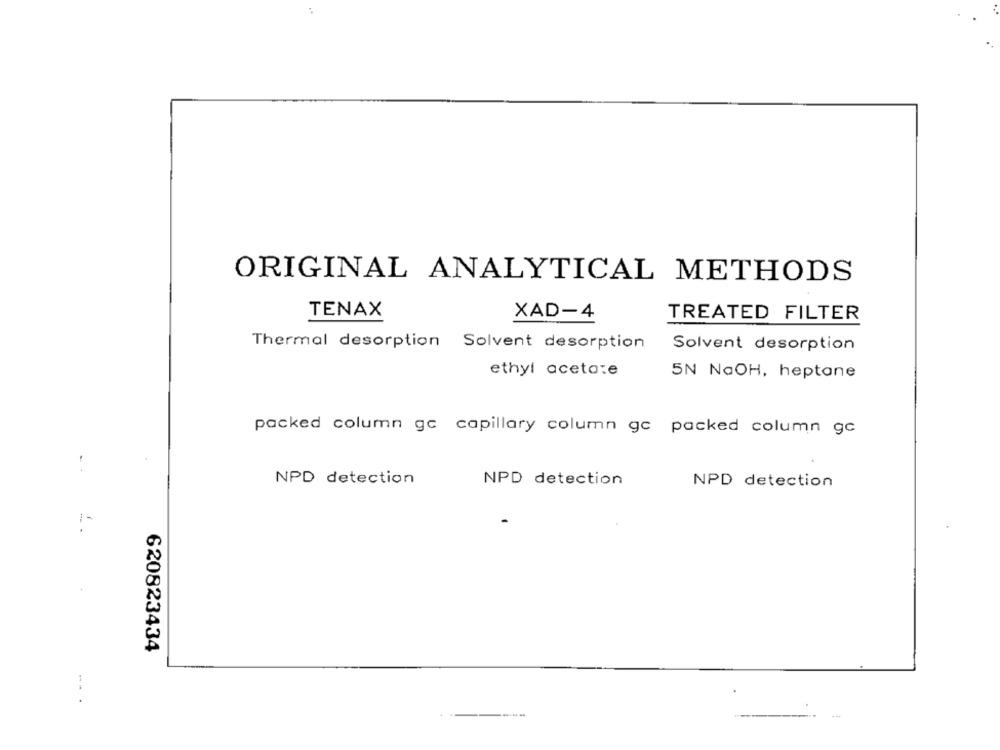
ORIGINAL ANALYTICAL METHODS
TENAX
XAD-4
TREATED FILTER
Thermal desorption Solvent desorption
Solvent desorption
ethyl acetate
5N NaOH, heptane
packed column gc capillary column gc packed column gc
NPD detection
NPD detection
NPD detection
..
620823434